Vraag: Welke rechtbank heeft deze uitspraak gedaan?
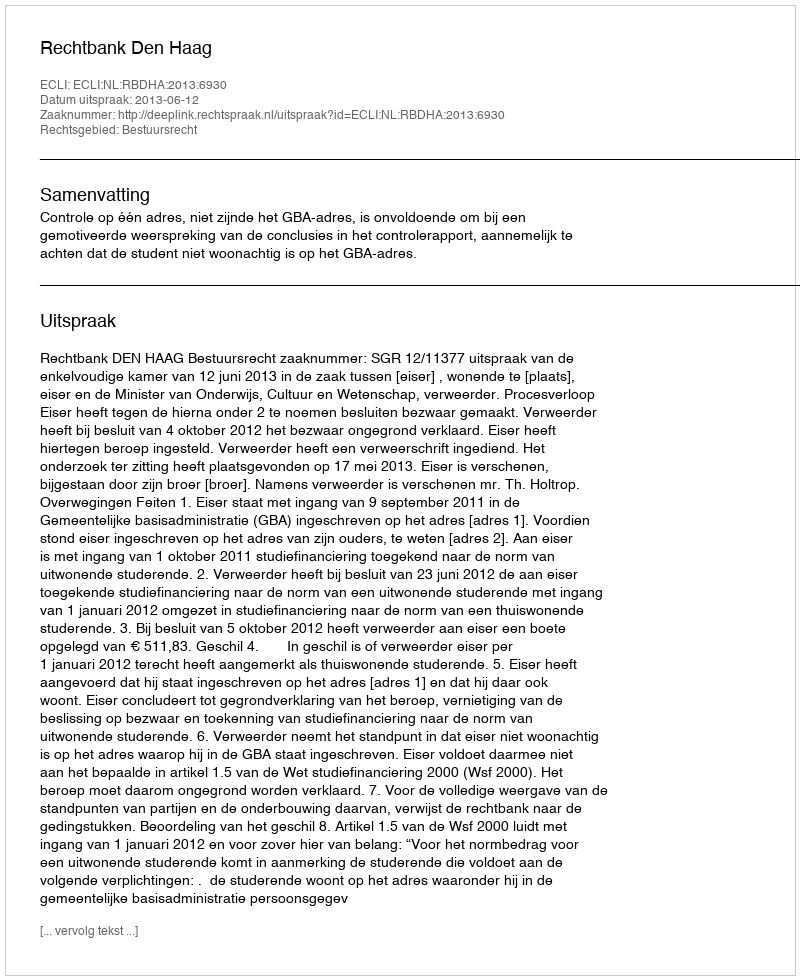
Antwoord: Rechtbank Den Haag